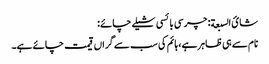
شائ السبعة: چرسی بائسی شیلے چائے:
نام سے ہی ظاہر ہے، ہائم کی سب سے گراں قیمت چائے ہے۔